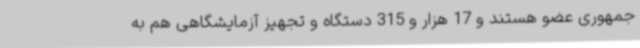
جمهوری عضو هستند و 17 هزار و 315 دستگاه و تجهیز آزمایشگاهی هم به